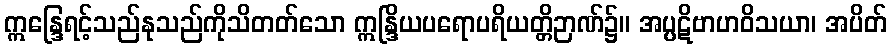
ဣန္ဒြေရင့်သည်နုသည်ကိုသိတတ်သော ဣန္ဒြိယပရောပရိယတ္တိဉာဏ်၌။ အပ္ပဋိဗာဟဝိသယာ၊ အပိတ်